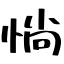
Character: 惝